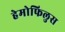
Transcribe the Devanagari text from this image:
हेमोफिलुस